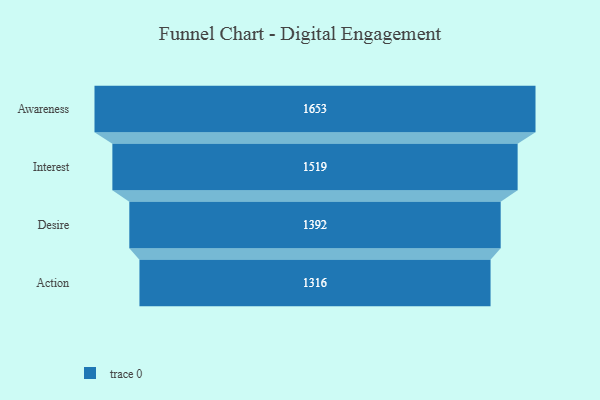
{"axis": {"x": "Stage", "y": "Value"}, "legend": [""], "data": [{"x": "Awareness", "y": 1653.0, "type": ""}, {"x": "Interest", "y": 1519.0, "type": ""}, {"x": "Desire", "y": 1392.0, "type": ""}, {"x": "Action", "y": 1316.0, "type": ""}]}